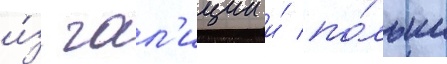
и́з гал'иции и́ по́льши